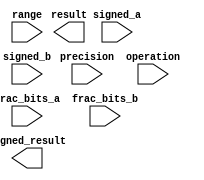
module fixed_point_unit (
  input wire signed_a, // input signed flag for first operand
  input wire [7:0] frac_bits_a, // input fractional bits for first operand
  input wire signed_b, // input signed flag for second operand
  input wire [7:0] frac_bits_b, // input fractional bits for second operand
  input wire [7:0] precision, // input precision for fixed-point operations
  input wire [7:0] range, // input range for fixed-point numbers
  input wire [1:0] operation, // input operation selector
  output wire signed_result, // output signed flag for result
  output reg [15:0] result // output result with extended precision
);

// Add your verilog code for fixed-point floating point unit here

endmodule